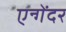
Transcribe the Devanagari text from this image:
एन्गेंदर